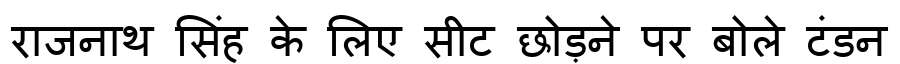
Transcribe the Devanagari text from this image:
राजनाथ सिंह के लिए सीट छोड़ने पर बोले टंडन